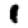
Digit: 1